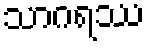
သာဂရဿ